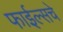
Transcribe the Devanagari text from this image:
फाईल्सचे